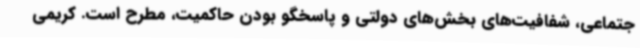
جتماعی، شفافیت‌های بخش‌های دولتی و پاسخگو بودن حاکمیت، مطرح است. کریمی